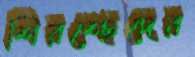
শিরশ্ছেদের